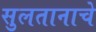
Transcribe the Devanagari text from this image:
सुलतानाचे